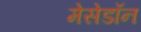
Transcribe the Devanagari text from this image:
मेसेडॉन